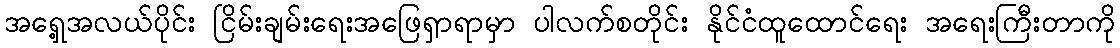
အရှေ့အလယ်ပိုင်း ငြိမ်းချမ်းရေးအဖြေရှာရာမှာ ပါလက်စတိုင်း နိုင်ငံထူထောင်ရေး အရေးကြီးတာကို